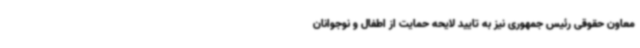
معاون حقوقی رئیس جمهوری نیز به تایید لایحه حمایت از اطفال و نوجوانان